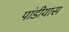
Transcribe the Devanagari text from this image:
पांडीयास